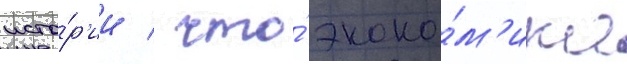
исто́р'ии / что́ эконо́м'ика